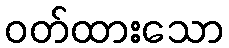
ဝတ်ထားသော